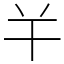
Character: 𢆉